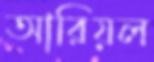
আরিয়ল